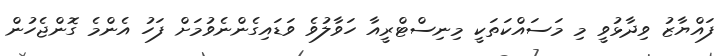
ފައްޔާޒު ވިދާޅުވީ މި މަސައްކަތަކީ މިނިސްޓްރީއާ ހަވާލުވެ ވަޑައިގެންނެވުމަށް ފަހު އެންމެ ގޮންޖެހުން